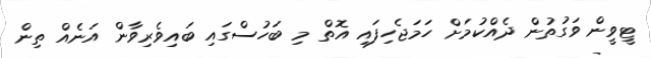
ޓީވީން ވަގުތުން ދެއްކުމަށް ހަމަޖެހިފައި އޮތް މި ބަހުސްގައި ބައިވެރިވާން އަނެއް ތިން